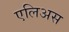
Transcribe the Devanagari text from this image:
एलिअस